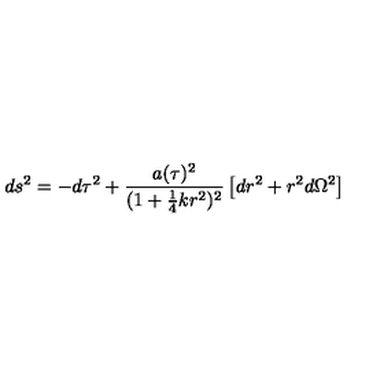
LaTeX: d s ^ { 2 } = - d \tau ^ { 2 } + \frac { a ( \tau ) ^ { 2 } } { ( 1 + \mathrm { \frac { 1 } { 4 } } k r ^ { 2 } ) ^ { 2 } } \left[ d r ^ { 2 } + r ^ { 2 } d \Omega ^ { 2 } \right]